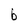
Character: b